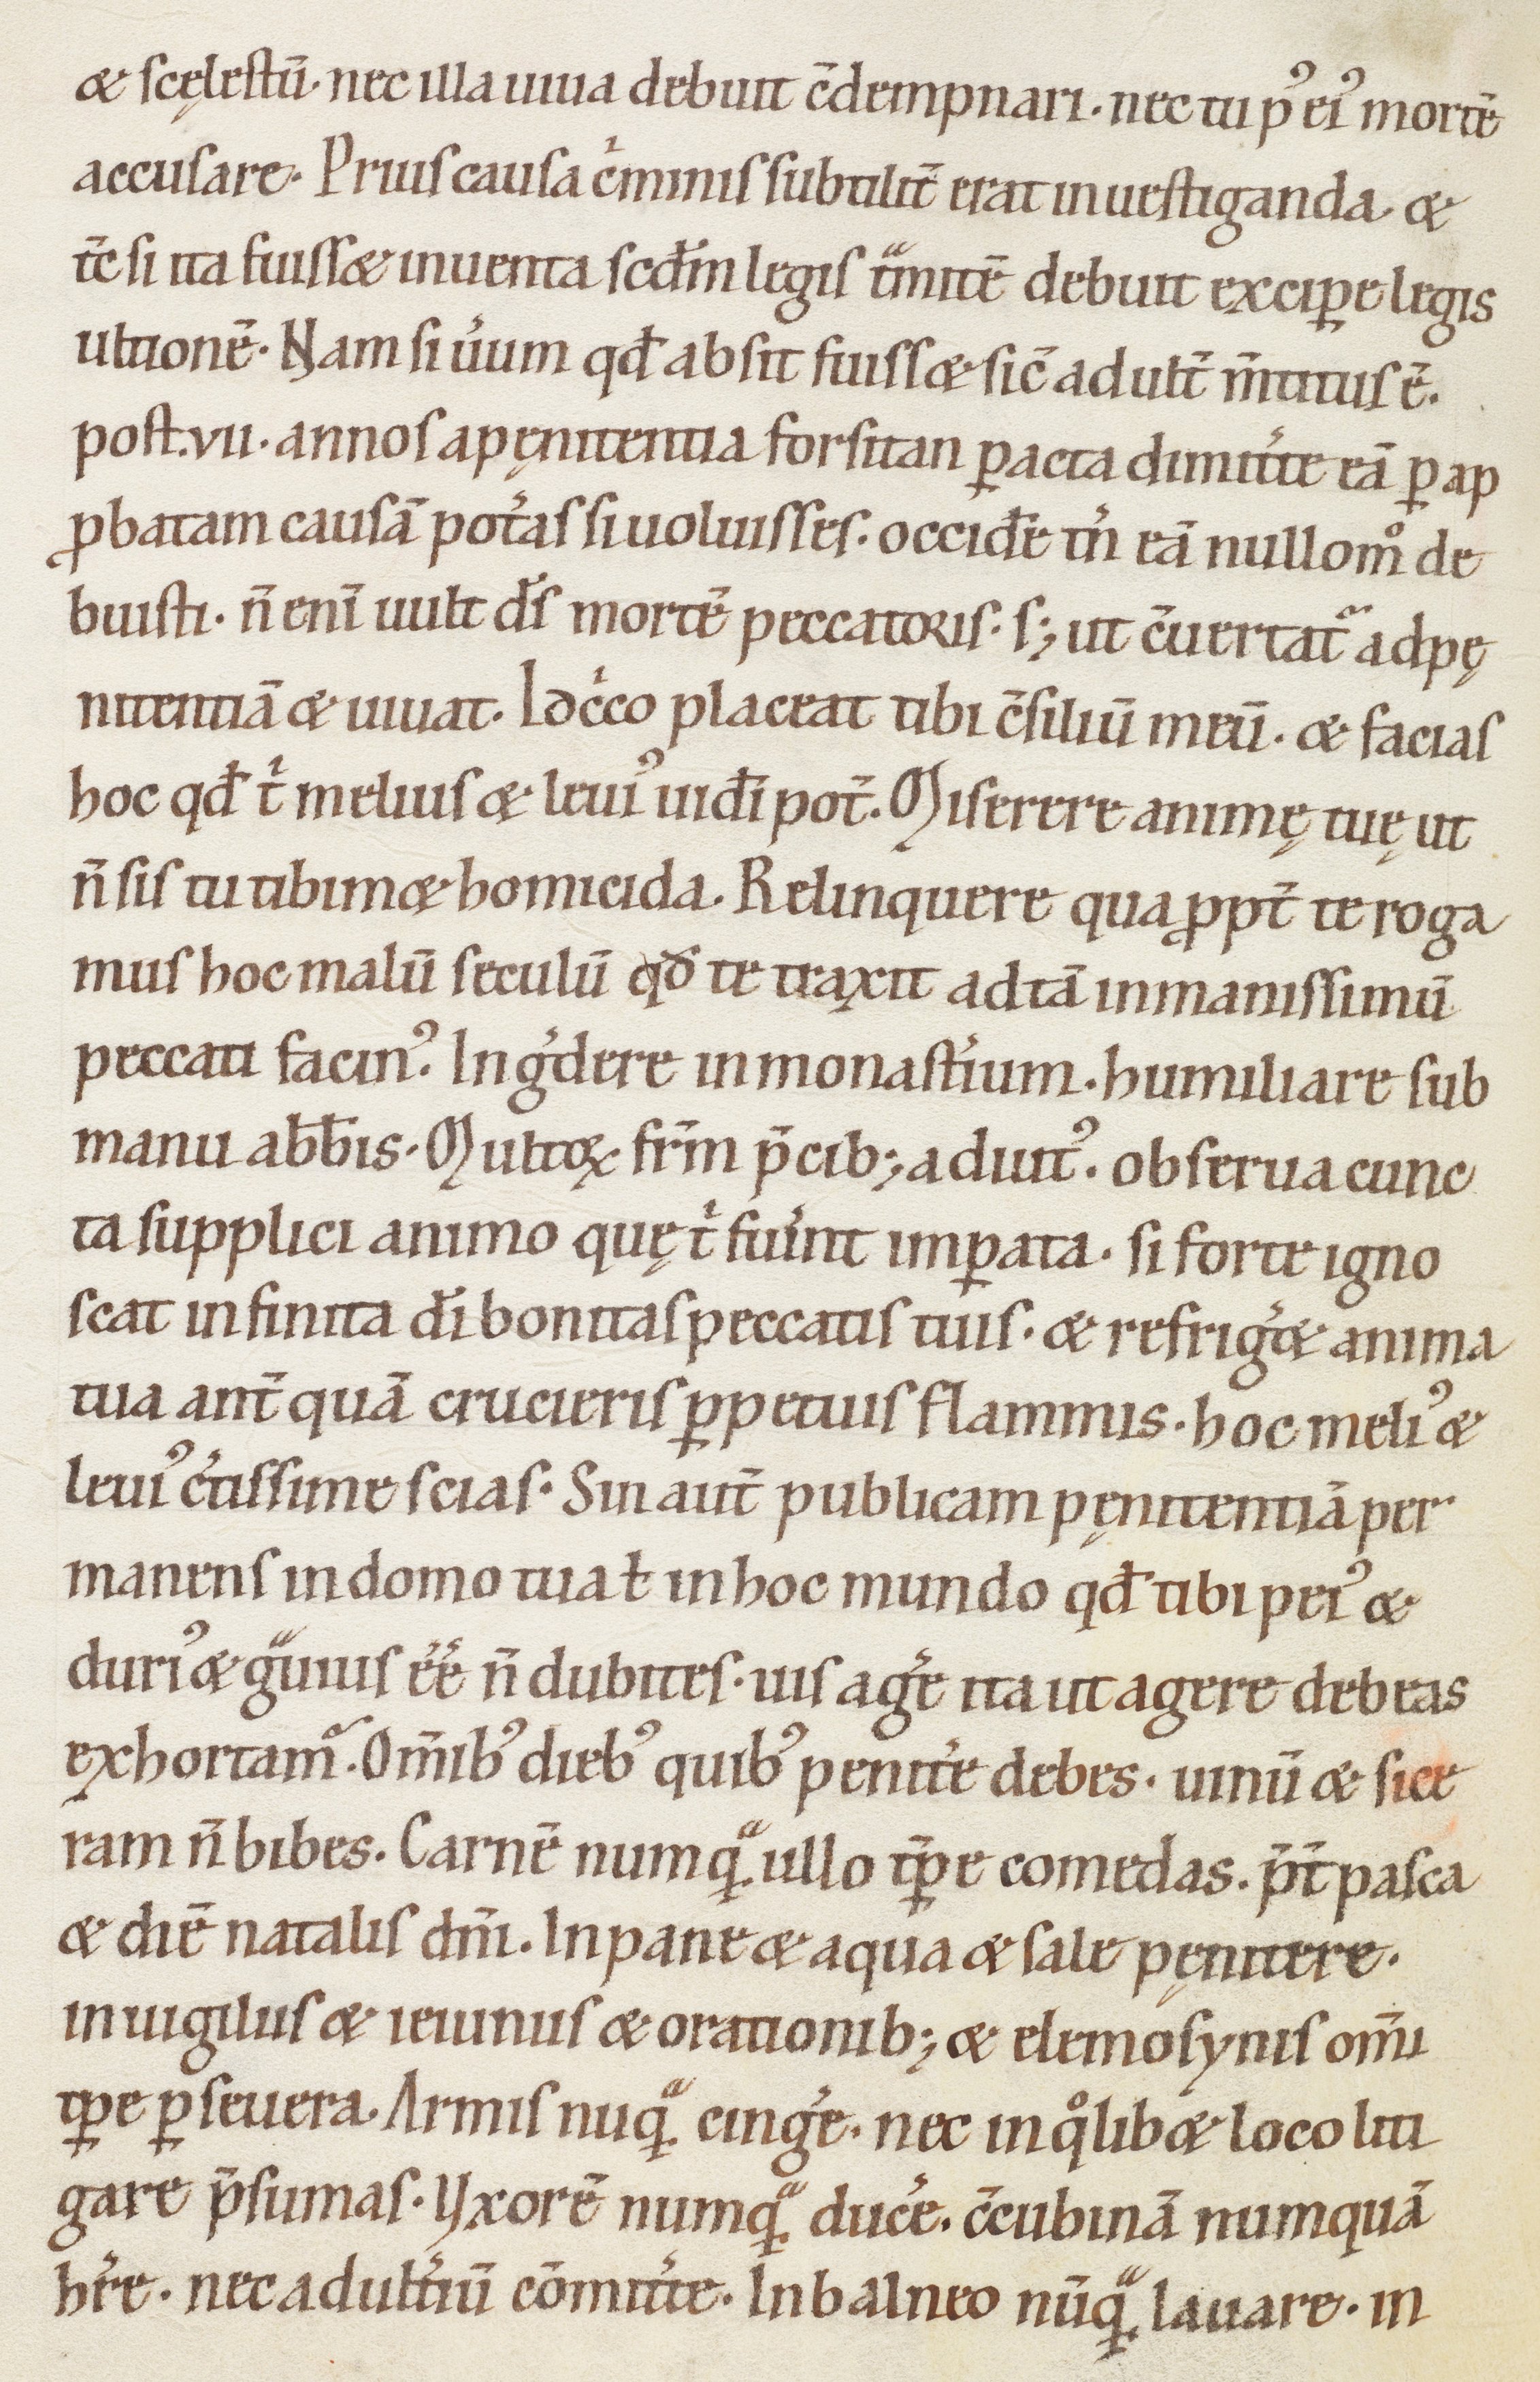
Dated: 1100–1199